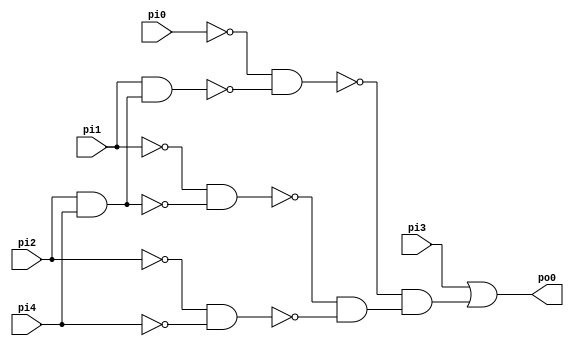
// Benchmark "traffic_cl" written by ABC on Sun Apr 22 21:43:07 2018

module traffic_cl ( 
    pi0, pi1, pi2, pi3, pi4,
    po0  );
  input  pi0, pi1, pi2, pi3, pi4;
  output po0;
  wire n7, n8, n9, n10, n11, n12, n13;
  assign n7 = pi2 & pi4;
  assign n8 = pi1 & n7;
  assign n9 = ~pi0 & ~n8;
  assign n10 = ~pi1 & ~n7;
  assign n11 = ~pi2 & ~pi4;
  assign n12 = ~n10 & ~n11;
  assign n13 = ~n9 & n12;
  assign po0 = pi3 | n13;
endmodule